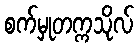
စက်မှုတက္ကသိုလ်